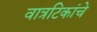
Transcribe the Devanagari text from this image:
वात्रटिकांचे